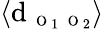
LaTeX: \langle\textrm{d}_{\mathrm{~\scriptsize~O~}_{1}\mathrm{~\scriptsize~O~}_{2}}\rangle